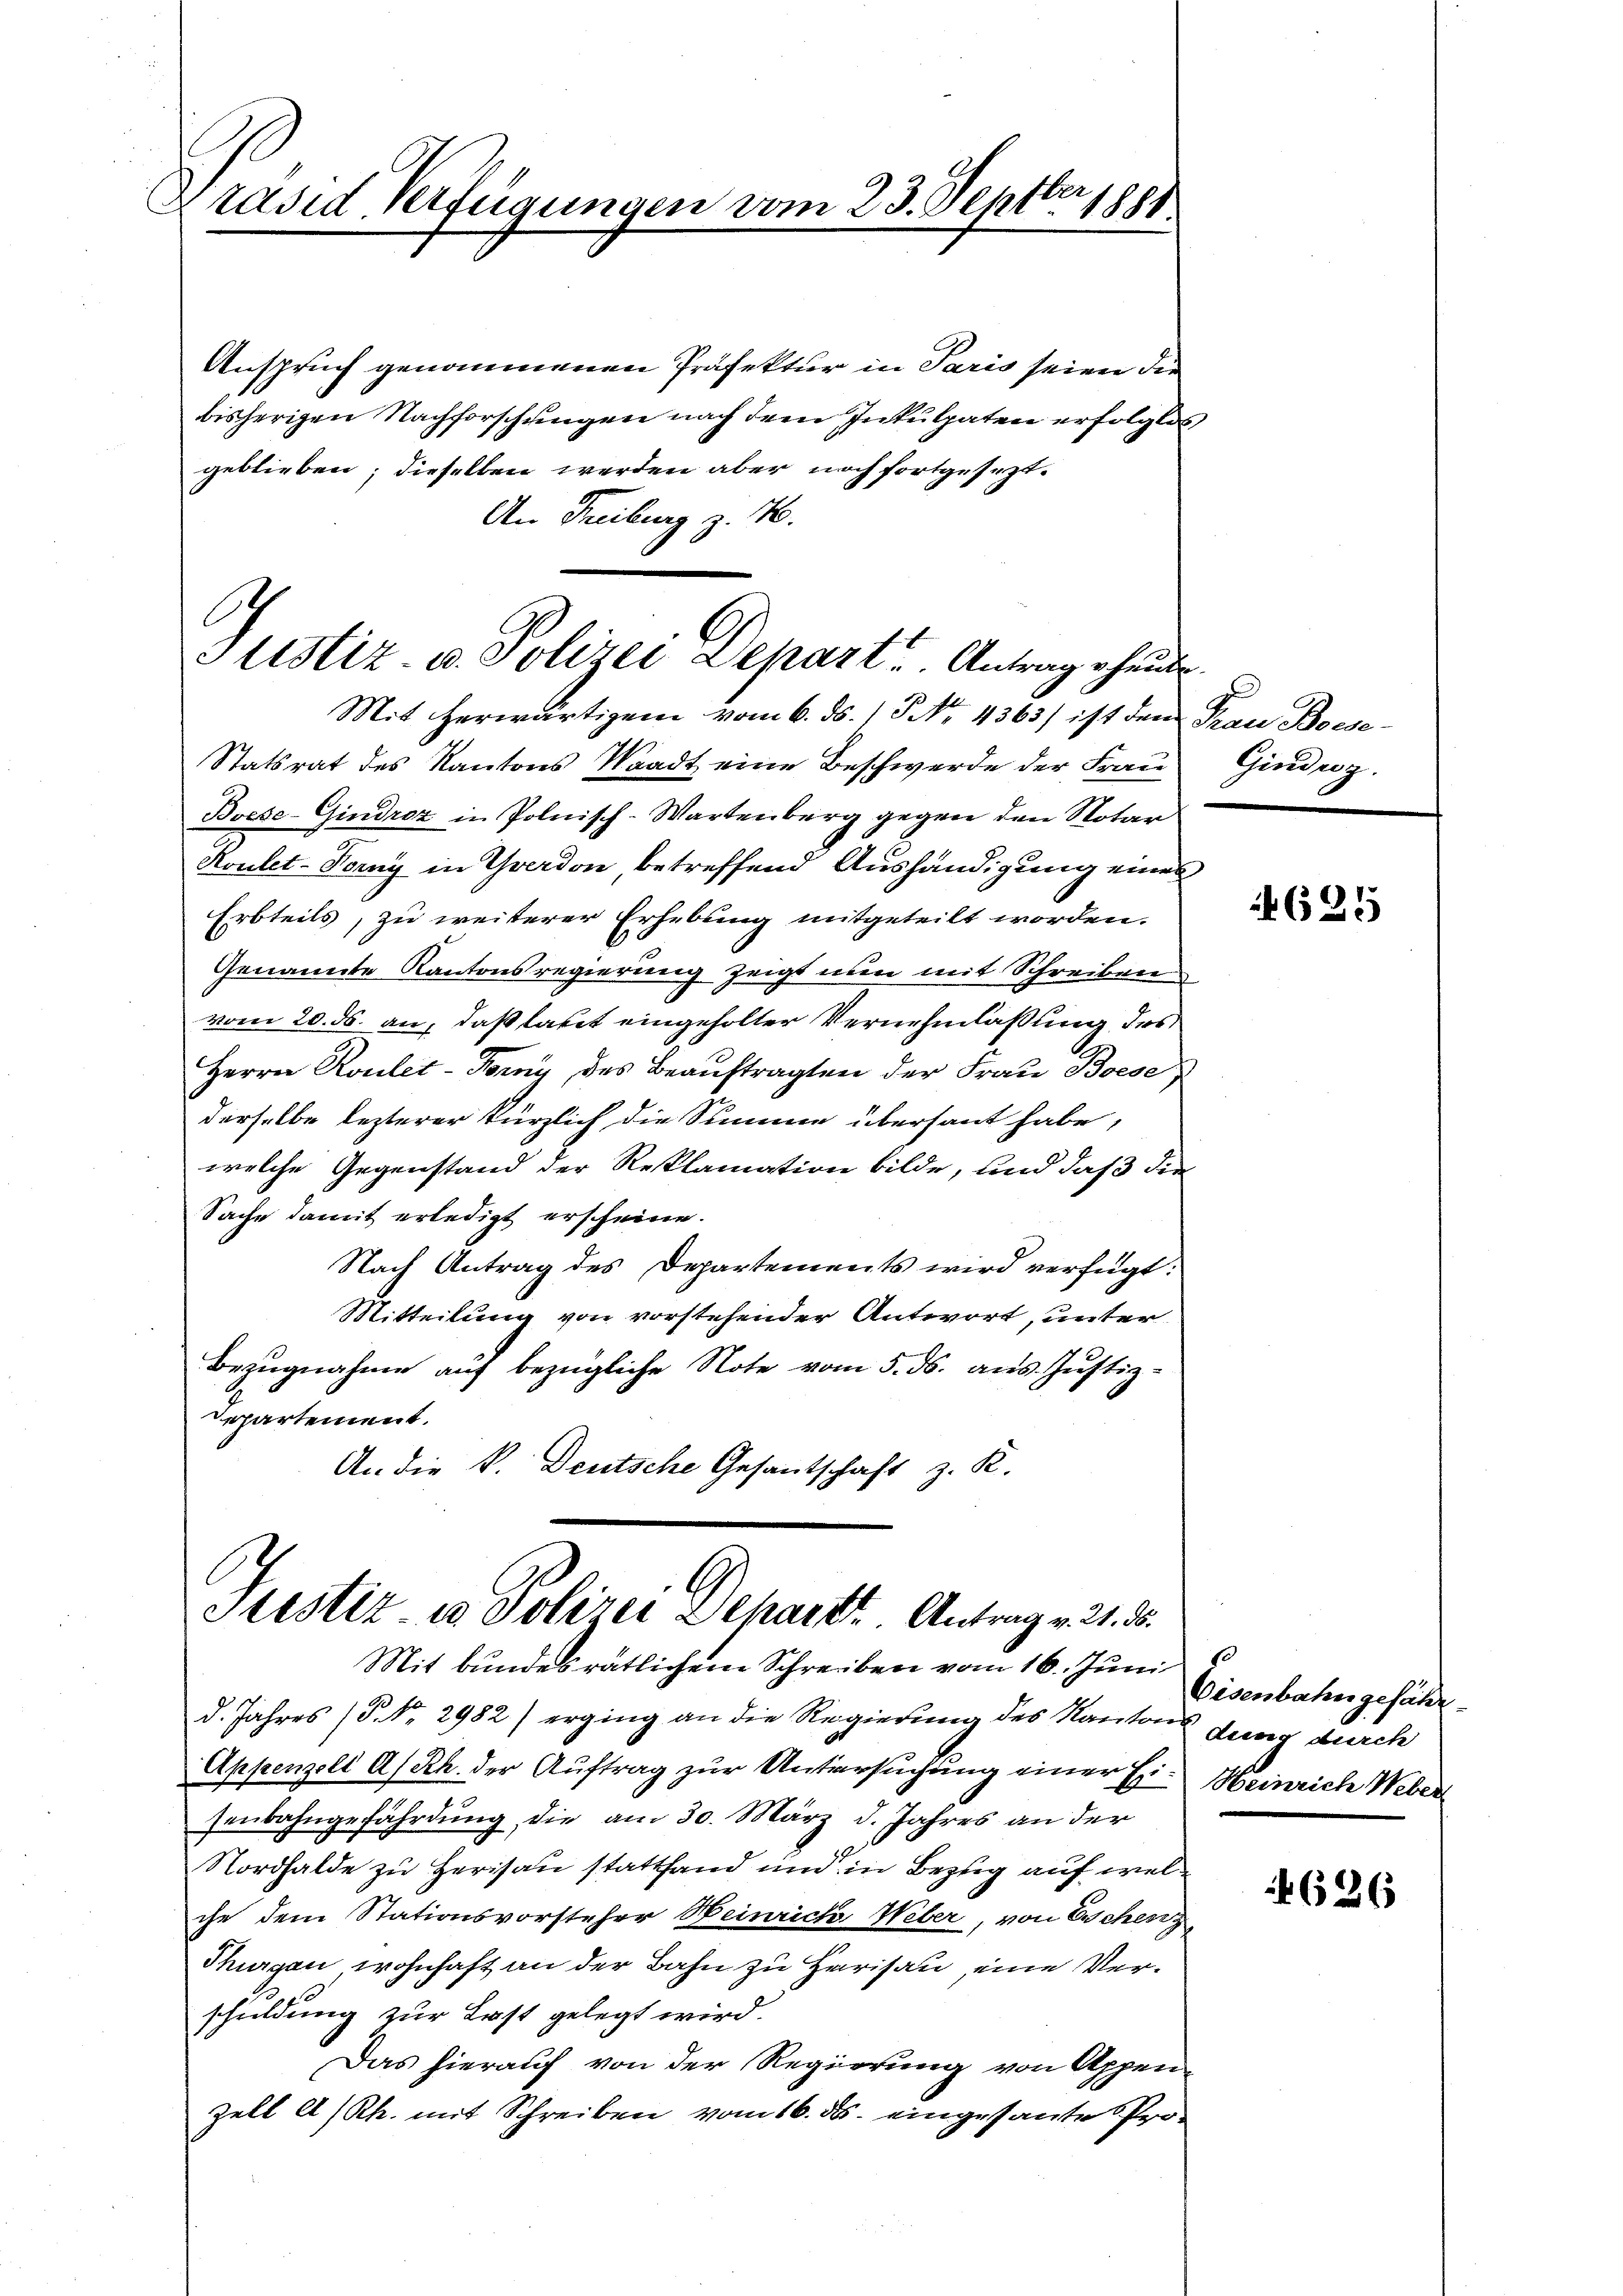
2
Präsid Verfügungen vom 23. Sept. 1881

Anspruch genommenen Präfektur in Paris seien die
bisherigen Nachforschungen nach dem Inkulpaten erfolglos
geblieben; dieselben werden aber noch fortgesezt.
An Freiburg z. B.

6
Stistiz- u. Polizei Depart. Antrag heute.

Mit herwärtigem vom 6. ds. 1. No. 4363/ ist dem Frau Boese¬
Statsrat des Kantons Waadt eine Beschwerde der Frau
Boese-Gindrez in Polnisch-Wartenberg gegen den Notar
Koulet-Tory in Yverdon betreffend Aushändigung eines
Erbteils, zu weiterer Erhebung mitgeteilt worden.
Genannte Kantonsregierung zeigt nun mit Schreiben
vom 20. ds. an, daß laut eingeholter Vernehmlaßung des
Herrn Roulet-Forny des Beauftragten der Frau Boese
derselbe lezterer kürzlich die Summe überhaut habe,
welche Gegenstand der Reklamation bilde, und daß die
Sache damit erledigt erscheine.
Nach Antrag des Departements wird verfügt:
Mitteilung von vorstehender Antwort, unter
Bezugnahme auf bezügliche Note vom 5. ds. aus Justiz-
Departement.
An die k. Deutsche Gesantschaft z. R.

Justiz u. Polizei Dehackt. Antrag v. 21. ds.
Mit bundesrätlichen Schreiben vom 16. Juni

d. Jahres (§. No. 2982) erging an die Regierung des Kanton desig durch
Appenzell A/Rh. der Auftrag zur Untersuchung einer Ei- Heinrich Webers
senbahngefährdung die am 30. März d. Jahres an der
Nordhalde zu Herisau stattfand und in Bezug auf welche dem Stationsvorsteher Weinrich Weber, von Eschen
Thurgan wohnhaft an der Bahn zu Harisau, eine Verschuldung zur Last gelegt wird.
Das hierauf von der Regierung von Appen-
Zell A/Rh. mit Schreiben vom 16. ds. eingesante Pro¬

Gindenz.

625

Eisenbahngefähr

626